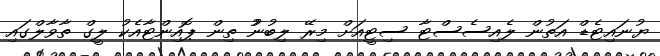
ޔުނައިޓެޑް އަތުން ލެއިސެސްޓާ ސިޓީއަށް މިރޭ ލިބުނުު ތިން ޕޮއިންޓާއެކު ލީގް ތާވާލްގައި